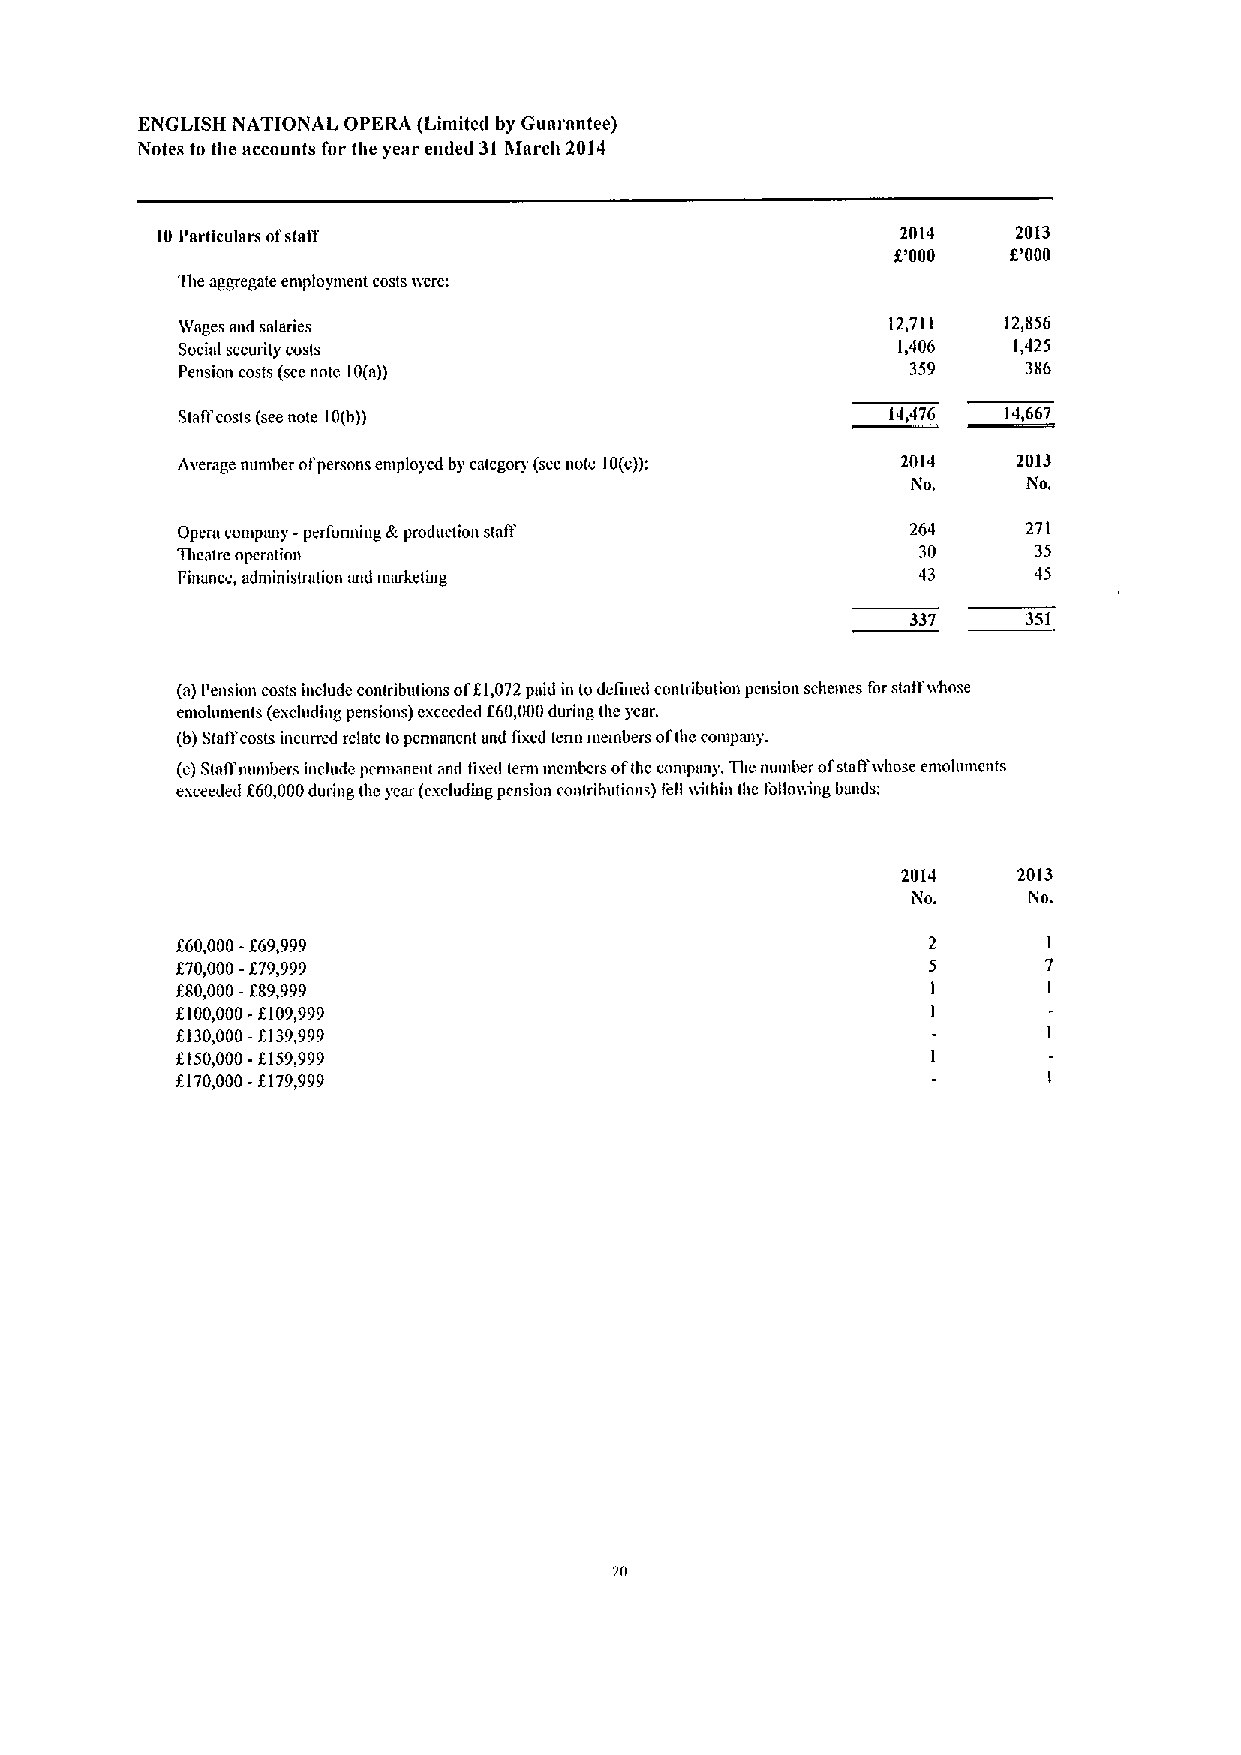
ENGLISH NATIONAL OPERA (Lintited by Guarantee)
 Notes to the accounts for the year ended 31 March 2014
 10Particulnrs ofstnif                             2014   2013
 f'000   f.'000
 T)teaggregate employment costs ivere:
 )Pages aud snlaries                            12,711  12,856
 Social secuiity costs                          1,406   1,425
 Pension costs (sccnote 10(n))                   359     38G
 Slafl'costs (seenote 10(b))                    14,47G 14,667
 Average number ofpersons employed by category (see note 10(c)): 2014 2013
 igo.    No.
 Opera compnny -performing k production stniY    264     271
 Tiicatlc opclfltioli                             30     35
 I'innnce, administrntion nnd innrketing          43     45
 337     351
 (a)Pension costs include contributions ofEl,072paid in todefined contribution pension schemes forstaff vvhose
 emolamenls (excluding pensions) cxcceded f60,000during the year.
 (b)StntYcosts incuncd relnte lopemmnent and tixcd tenn niembers ol'lhc coinpmiy.
 (c)Slag'numbeis include pcnnanent and fixed lemi mcmbcrs ofthe cnmpnny. Thc number ofstaffivhose emoluments
 exceeded f60,000during thc year (cxcludiug pcnsiun contributions) tell cdthin the fofloiiing bunds:
 2014   2013
 iNo.    No.
 f60,000-f69,999
 E70,000-f79,999
 E80,000-E89,999
 f100,000-E109,999
 f130,000-EI39,999
 f.150,000-f159,999
 f 170,000-f179,999
 20